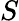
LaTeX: {\mathbf\cal S}